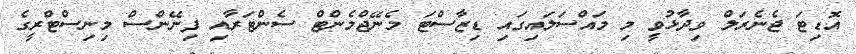
އޮޑިޓަ ޖެނެރަލް ވިދާޅުވީ މި މައްސަލައިގައި ޑިޒާސްޓަ މެނޭޖްމެންޓް ސެންޓަރާއި ފިނޭންސް މިނިސްޓްރީގެ